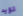
تؤيد